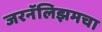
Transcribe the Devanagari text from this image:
जरनॅलिझमचा